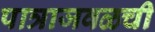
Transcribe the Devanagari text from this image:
पात्राजवळची